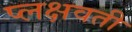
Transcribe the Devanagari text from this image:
प्लक्षवती